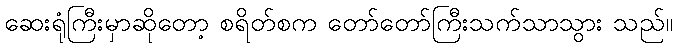
ဆေးရုံကြီးမှာဆိုတော့ စရိတ်စက တော်တော်ကြီးသက်သာသွား သည်။